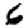
Digit: 6